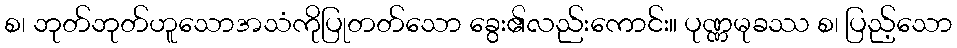
စ၊ ဘုတ်ဘုတ်ဟူသောအသံကိုပြုတတ်သော ခွေး၏လည်းကောင်း။ ပုဏ္ဏမုခဿ စ၊ ပြည့်သော